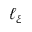
\ell _ { \xi }